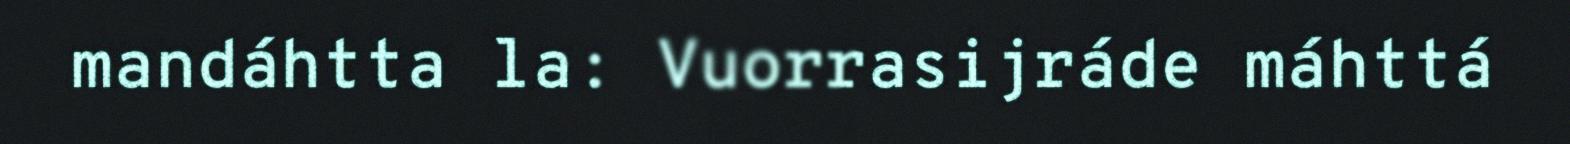
mandáhtta la: Vuorrasijráde máhttá